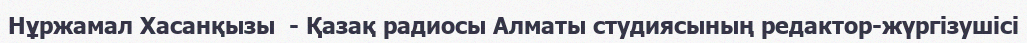
Нұржамал Хасанқызы  - Қазақ радиосы Алматы студиясының редактор-жүргізушісі